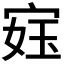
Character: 𫳙